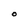
Character: O